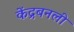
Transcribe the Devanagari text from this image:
केंद्रबनली